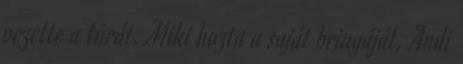
vezette a túrát. Miki hozta a saját bringáját, Andi